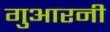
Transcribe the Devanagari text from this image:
गुआरनी